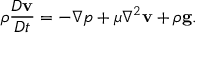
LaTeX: \rho { \frac { D \mathbf { v } } { D t } } = - { \boldsymbol { \nabla } } p + \mu \nabla ^ { 2 } \mathbf { v } + \rho \mathbf { g } .